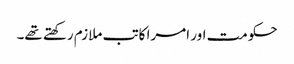
حکومت اور امرا کاتب ملازم رکھتے تھے۔